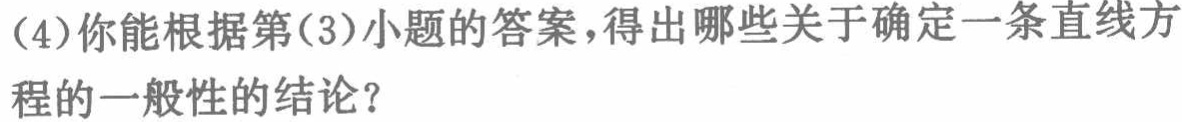
（4）你能根据第（3）小题的答案，得出哪些关于确定一条直线方程的一般性的结论？